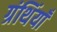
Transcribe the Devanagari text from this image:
ग्रंथिंयाँ